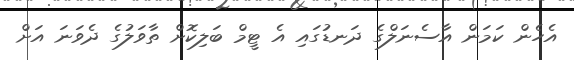
އެހެން ކަމަން އާސެނަލްގެ ދަނޑުގައި އެ ޓީމް ބަލިކޮށް ތާވަލުގެ ދެވަނަ އަށް